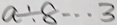
a \div 8 \cdots 3